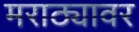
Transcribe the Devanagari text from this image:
मराठ्यावर